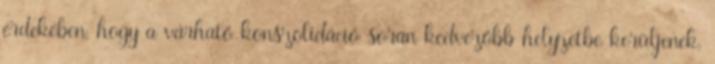
érdekében, hogy a várható konszolidáció során kedvezőbb helyzetbe kerüljenek,